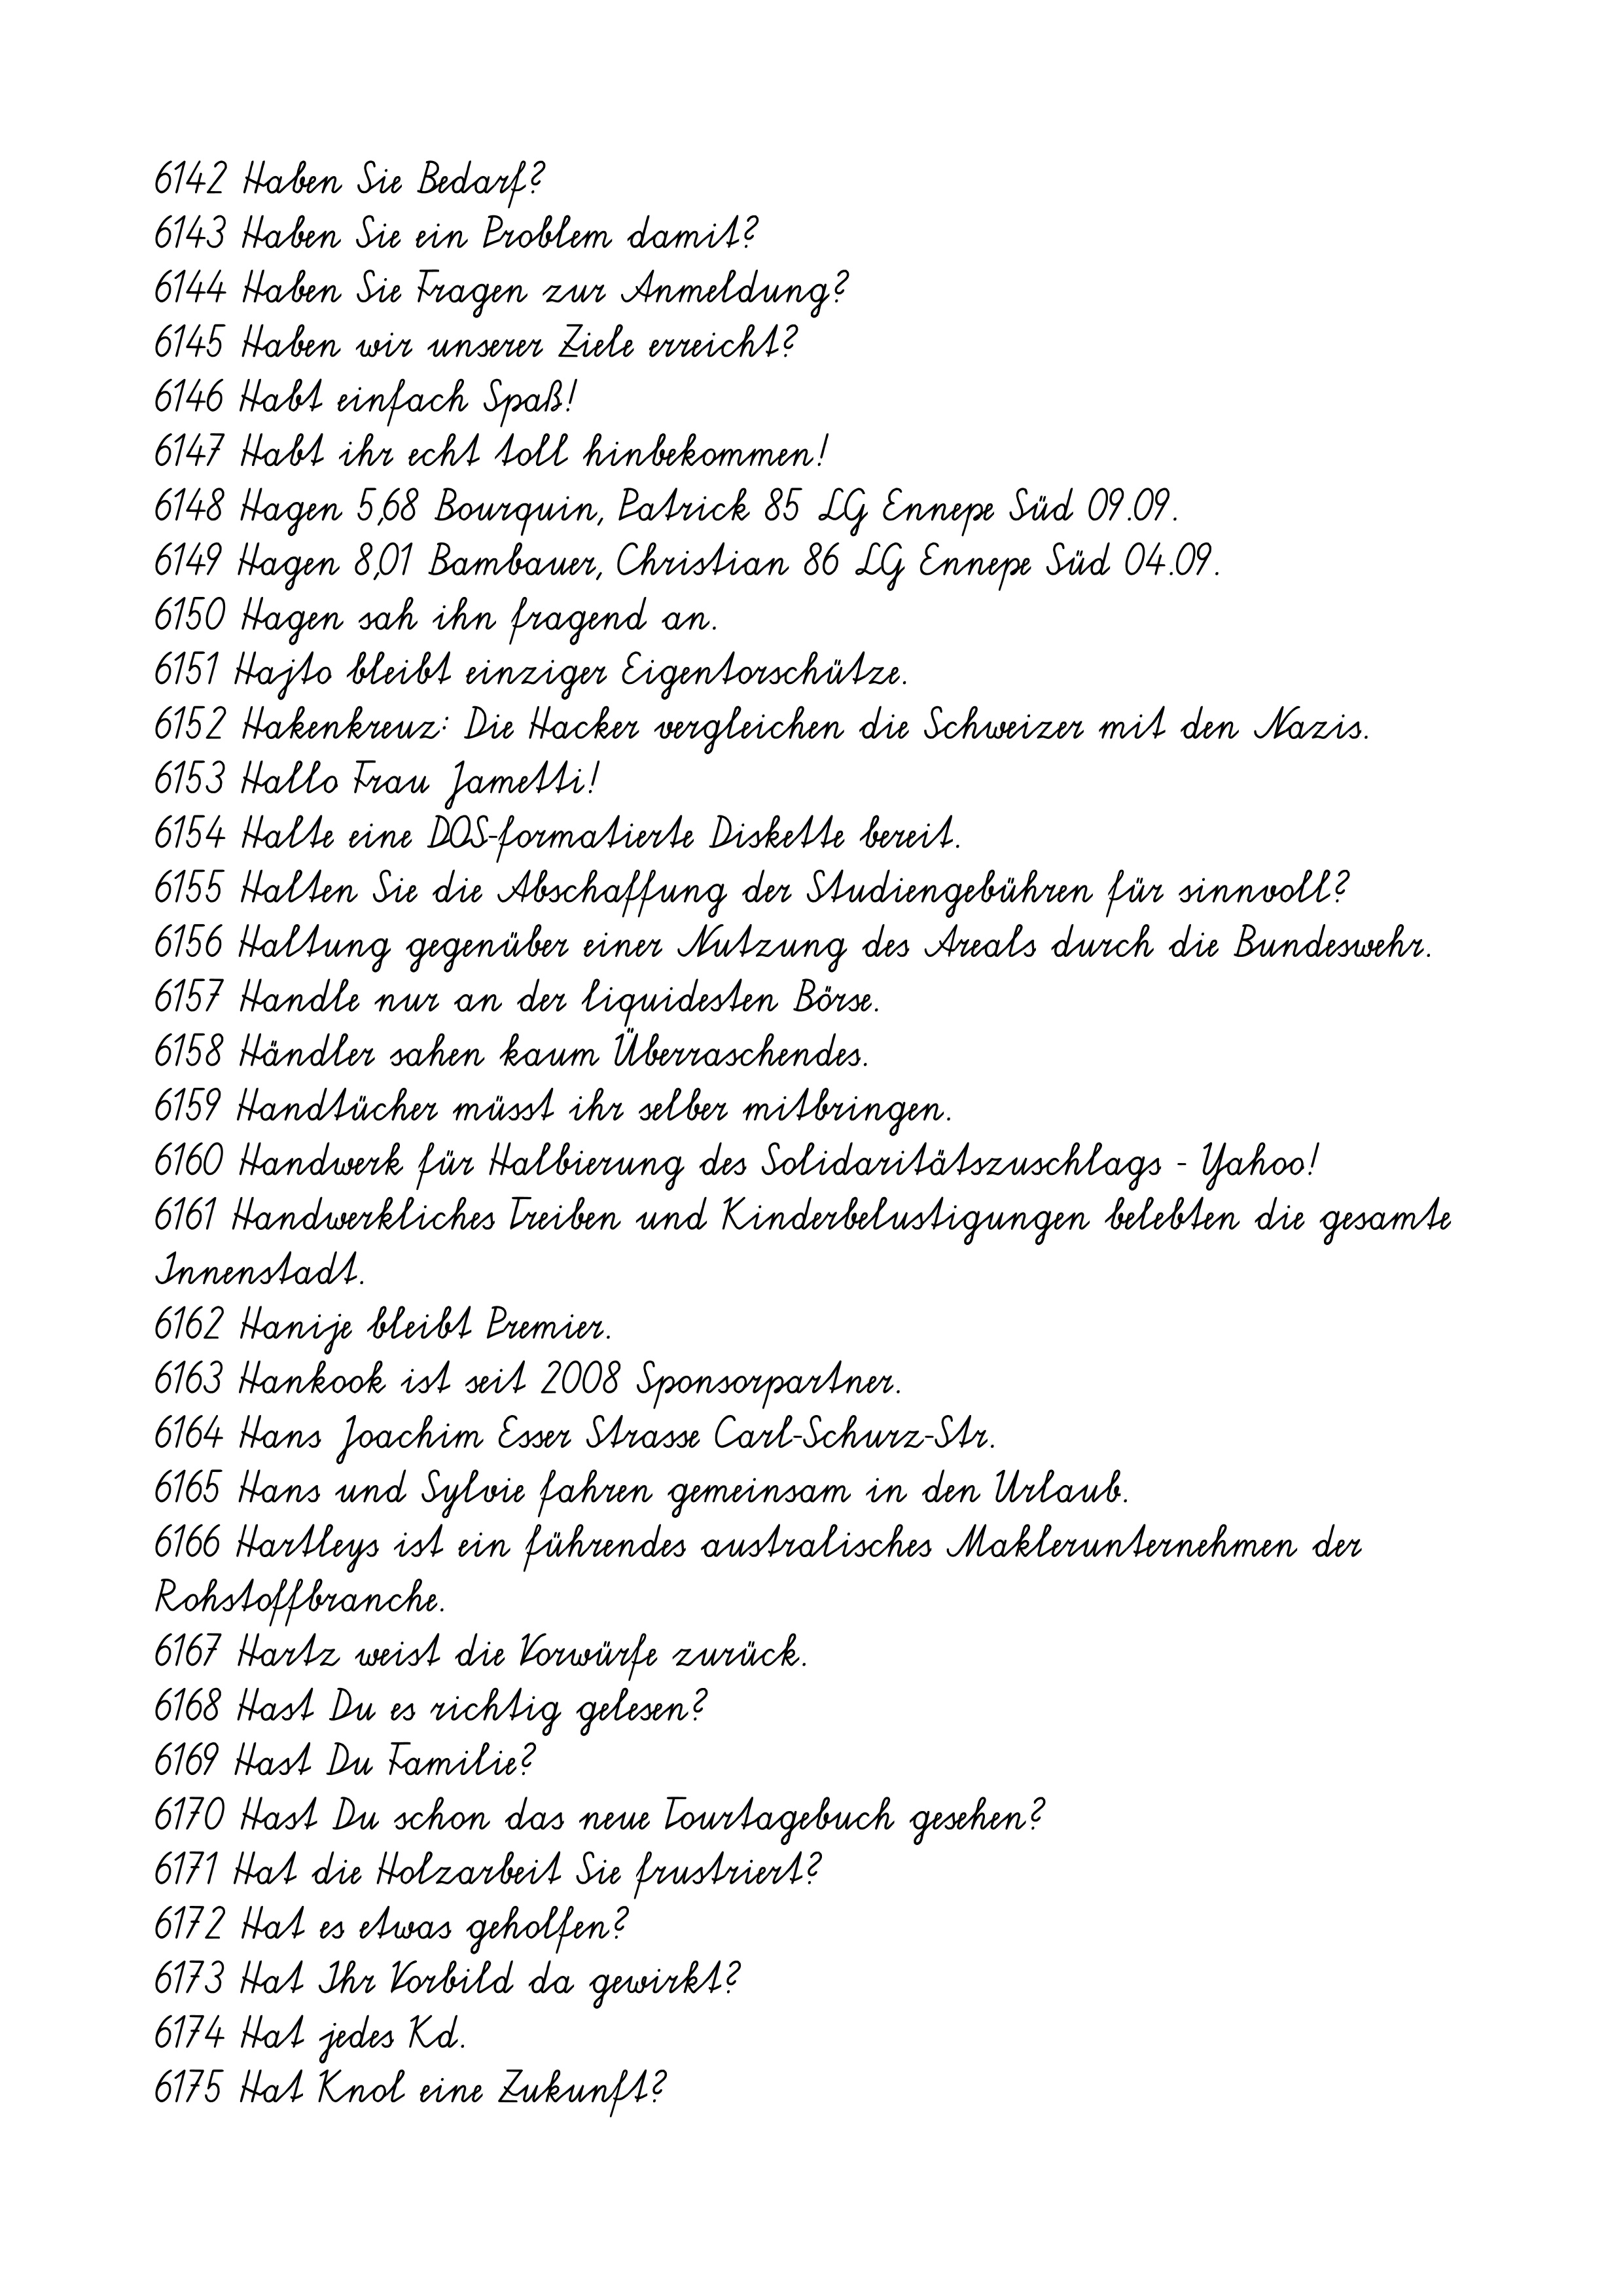
6142 Haben Sie Bedarf?
6143 Haben Sie ein Problem damit?
6144 Haben Sie Fragen zur Anmeldung?
6145 Haben wir unserer Ziele erreicht?
6146 Habt einfach Spaß!
6147 Habt ihr echt toll hinbekommen!
6148 Hagen 5,68 Bourquin, Patrick 85 LG Ennepe Süd 09.09.
6149 Hagen 8,01 Bambauer, Christian 86 LG Ennepe Süd 04.09.
6150 Hagen sah ihn fragend an.
6151 Hajto bleibt einziger Eigentorschütze.
6152 Hakenkreuz: Die Hacker vergleichen die Schweizer mit den Nazis.
6153 Hallo Frau Jametti!
6154 Halte eine DOS-formatierte Diskette bereit.
6155 Halten Sie die Abschaffung der Studiengebühren für sinnvoll?
6156 Haltung gegenüber einer Nutzung des Areals durch die Bundeswehr.
6157 Handle nur an der liquidesten Börse.
6158 Händler sahen kaum Überraschendes.
6159 Handtücher müsst ihr selber mitbringen.
6160 Handwerk für Halbierung des Solidaritätszuschlags - Yahoo!
6161 Handwerkliches Treiben und Kinderbelustigungen belebten die gesamte
Innenstadt.
6162 Hanije bleibt Premier.
6163 Hankook ist seit 2008 Sponsorpartner.
6164 Hans Joachim Esser Strasse Carl-Schurz-Str.
6165 Hans und Sylvie fahren gemeinsam in den Urlaub.
6166 Hartleys ist ein führendes australisches Maklerunternehmen der
Rohstoffbranche.
6167 Hartz weist die Vorwürfe zurück.
6168 Hast Du es richtig gelesen?
6169 Hast Du Familie?
6170 Hast Du schon das neue Tourtagebuch gesehen?
6171 Hat die Holzarbeit Sie frustriert?
6172 Hat es etwas geholfen?
6173 Hat Ihr Vorbild da gewirkt?
6174 Hat jedes Kd.
6175 Hat Knol eine Zukunft?